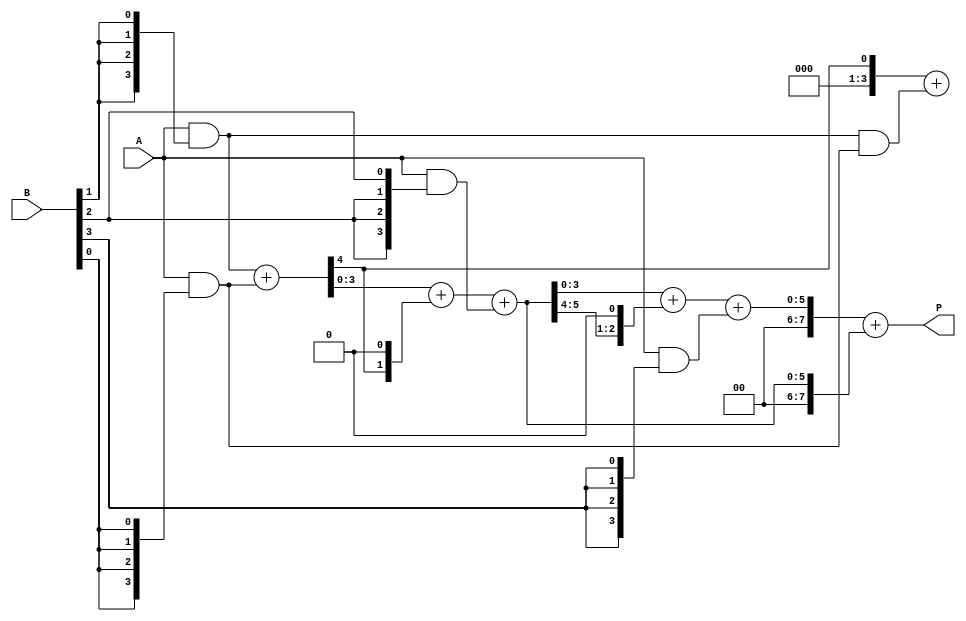
module wallace_tree_multiplier #(parameter N = 4) (
    input [N-1:0] A,
    input [N-1:0] B,
    output reg [2*N-1:0] P
);

// Partial product generation
wire [N-1:0] pp [0:N-1]; // Partial products
genvar i, j;
generate
    for (i = 0; i < N; i = i + 1) begin : pp_gen
        assign pp[i] = A & {N{B[i]}};
    end
endgenerate

// Wallace Tree Reduction
wire [N-1:0] sum [0:N-1];
wire [N-1:0] carry [0:N-1];

// Calculate sums and carries
generate
    for (i = 0; i < N; i = i + 1) begin : reduction
        if (i == 0) begin
            assign sum[0] = pp[0];
            assign carry[0] = {(N-1){1'b0}};
        end else if (i == 1) begin
            // Level 1 reduction using half adders and full adders
            assign {carry[1], sum[1]} = pp[1] + pp[0];
            assign carry[1] = carry[1] + (pp[1] & pp[0]);
        end else begin
            // Subsequent levels of reductions
            wire [N-1:0] temp_sum;
            wire [N-1:0] temp_carry;
            assign {temp_carry, temp_sum} = sum[i-1] + {carry[i-1], 1'b0} + pp[i];
            assign carry[i] = temp_carry;
            assign sum[i] = temp_sum;
        end
    end
endgenerate

// Final Addition
wire [2*N-1:0] final_sum;

// Here we will perform the final addition of the last two levels
assign final_sum = {carry[N-1], sum[N-1]} + {carry[N-2], sum[N-2]};
    
// Assign to output P
always @(*)
begin
    P = final_sum;
end

endmodule